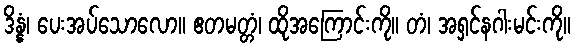
ဒိန္နံ၊ ပေးအပ်သောလော။ ဧတမတ္တံ၊ ထိုအကြောင်းကို။ တံ၊ အရှင်နဂါးမင်းကို။